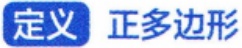
定义 正多边形